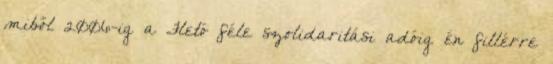
miből 2006-ig a Fletó féle szolidaritási adóig én fillérre